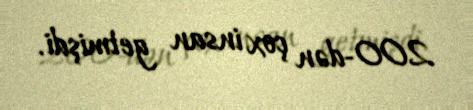
200-dən çox insan getmişdi.